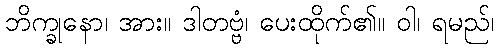
ဘိက္ခုနော၊ အား။ ဒါတဗ္ဗံ၊ ပေးထိုက်၏။ ဝါ၊ ရမည်၊